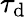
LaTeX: \tau_{\mathrm{d}}